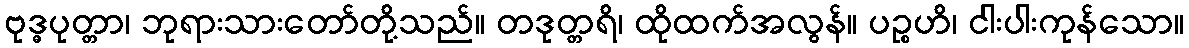
ဗုဒ္ဓပုတ္တာ၊ ဘုရားသားတော်တို့သည်။ တဒုတ္တရိ၊ ထိုထက်အလွန်။ ပဉ္စဟိ၊ ငါးပါးကုန်သော။